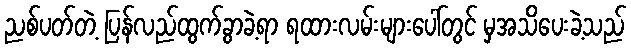
ညစ်ပတ်တဲ့ ပြန်လည်ထွက်ခွာခဲ့ရာ ရထားလမ်းများပေါ်တွင် မှအသိပေးခဲ့သည်